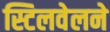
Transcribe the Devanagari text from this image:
स्टिलवेलने